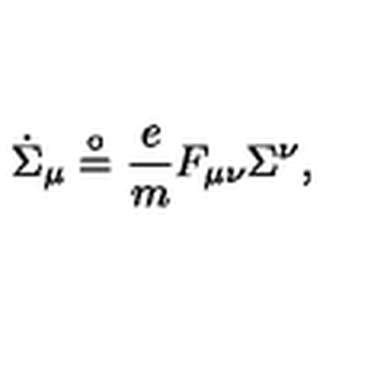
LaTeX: { \dot { \Sigma } } _ { \mu } \stackrel { \circ } { = } { \frac { e } { m } } F _ { \mu \nu } \Sigma ^ { \nu } ,